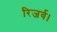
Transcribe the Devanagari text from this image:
रिजर्व।